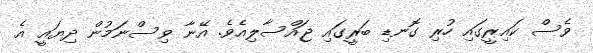
ވެސް ކައިރީގައި ހުރި ގޮނޑި ބަރީގައި ޖައްސާލިއެވެ. އޭނާ ވިސްނަމުން ދިޔައީ އެ